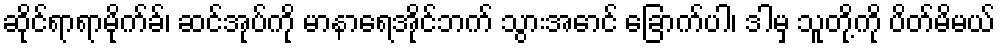
ဆိုင်ရာရာမိုက်ခ်၊ ဆင်အုပ်ကို မာနာရေအိုင်ဘက် သွားအောင် ခြောက်ပါ၊ ဒါမှ သူတို့ကို ပိတ်မိမယ်